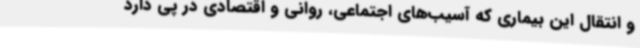
و انتقال این بیماری که آسیب‌های اجتماعی، روانی و اقتصادی در پی دارد